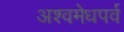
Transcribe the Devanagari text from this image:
अश्वमेधपर्व